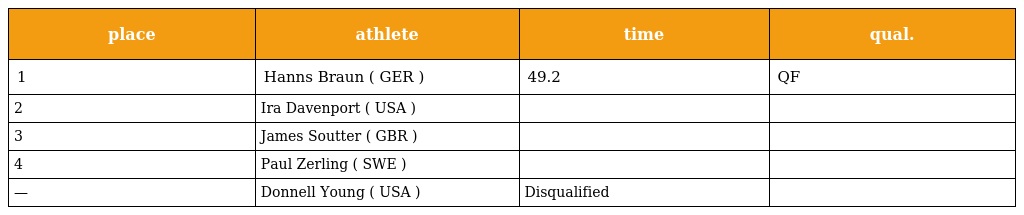
| place | athlete | time | qual. |
 | --- | --- | --- | --- |
 | 1 | Hanns Braun ( GER ) | 49.2 | QF |
 | 2 | Ira Davenport ( USA ) |  |  |
 | 3 | James Soutter ( GBR ) |  |  |
 | 4 | Paul Zerling ( SWE ) |  |  |
 | — | Donnell Young ( USA ) | Disqualified |  |